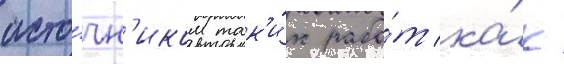
исто́чн'иком так'и́х рабо́т ка́к